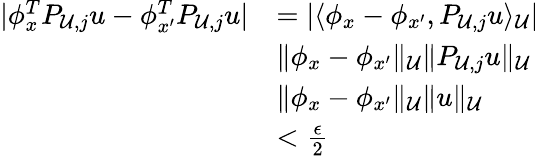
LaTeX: \begin{array}{rl}{|\phi_{x}^{T}P_{\mathcal U,j}u-\phi_{x^{\prime}}^{T}P_{\mathcal U,j}u|}&{=|\langle\phi_{x}-\phi_{x^{\prime}},P_{\mathcal U,j}u\rangle_{\mathcal U}|}\\ &{\le\| \phi_{x}-\phi_{x^{\prime}}\| _{\mathcal U}\| P_{\mathcal U,j}u\| _{\mathcal U}}\\ &{\le\| \phi_{x}-\phi_{x^{\prime}}\| _{\mathcal U}\| u\| _{\mathcal U}}\\ &{<\frac\epsilon 2}\end{array}